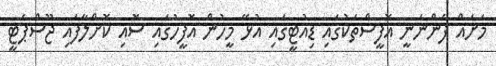
މަށައް ފެންނަނީ އޮފީސްތަކުގައި ޑިއުޓީގައި އުޅޭ މީހުން އޮފީހުގައި ސޮއި ކޮށްލާފައި ޖޫސްޕެޓީ